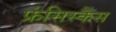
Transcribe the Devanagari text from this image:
फ्रंसिस्कैंस